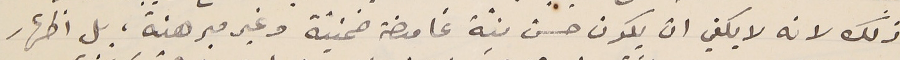
ذلك لانه لا يكفي ان يكون حسن نيّة غامضة ضمنيّة وغير مبرهنة، بل اظهار